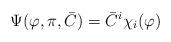
LaTeX: \begin{align*}\Psi(\varphi,\pi,{\bar C})={\bar C}^i\chi_i(\varphi)\end{align*}